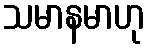
သမာနမာဟု